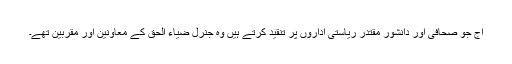
آج جو صحافی اور دانشور مقتدر ریاستی اداروں پر تنقید کرتے ہیں وہ جنرل ضیاء الحق کے معاونین اور مقربین تھے۔